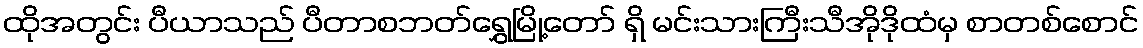
ထိုအတွင်း ပီယာသည် ပီတာစဘတ်ရွှေမြို့တော် ရှိ မင်းသားကြီးသီအိုဒိုထံမှ စာတစ်စောင်